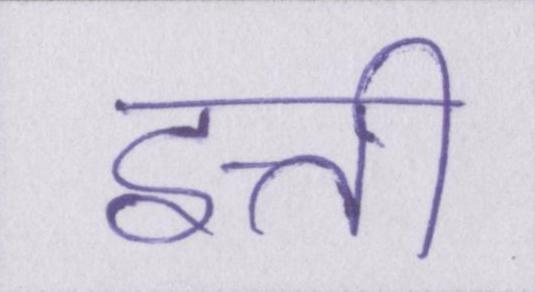
इत्ती